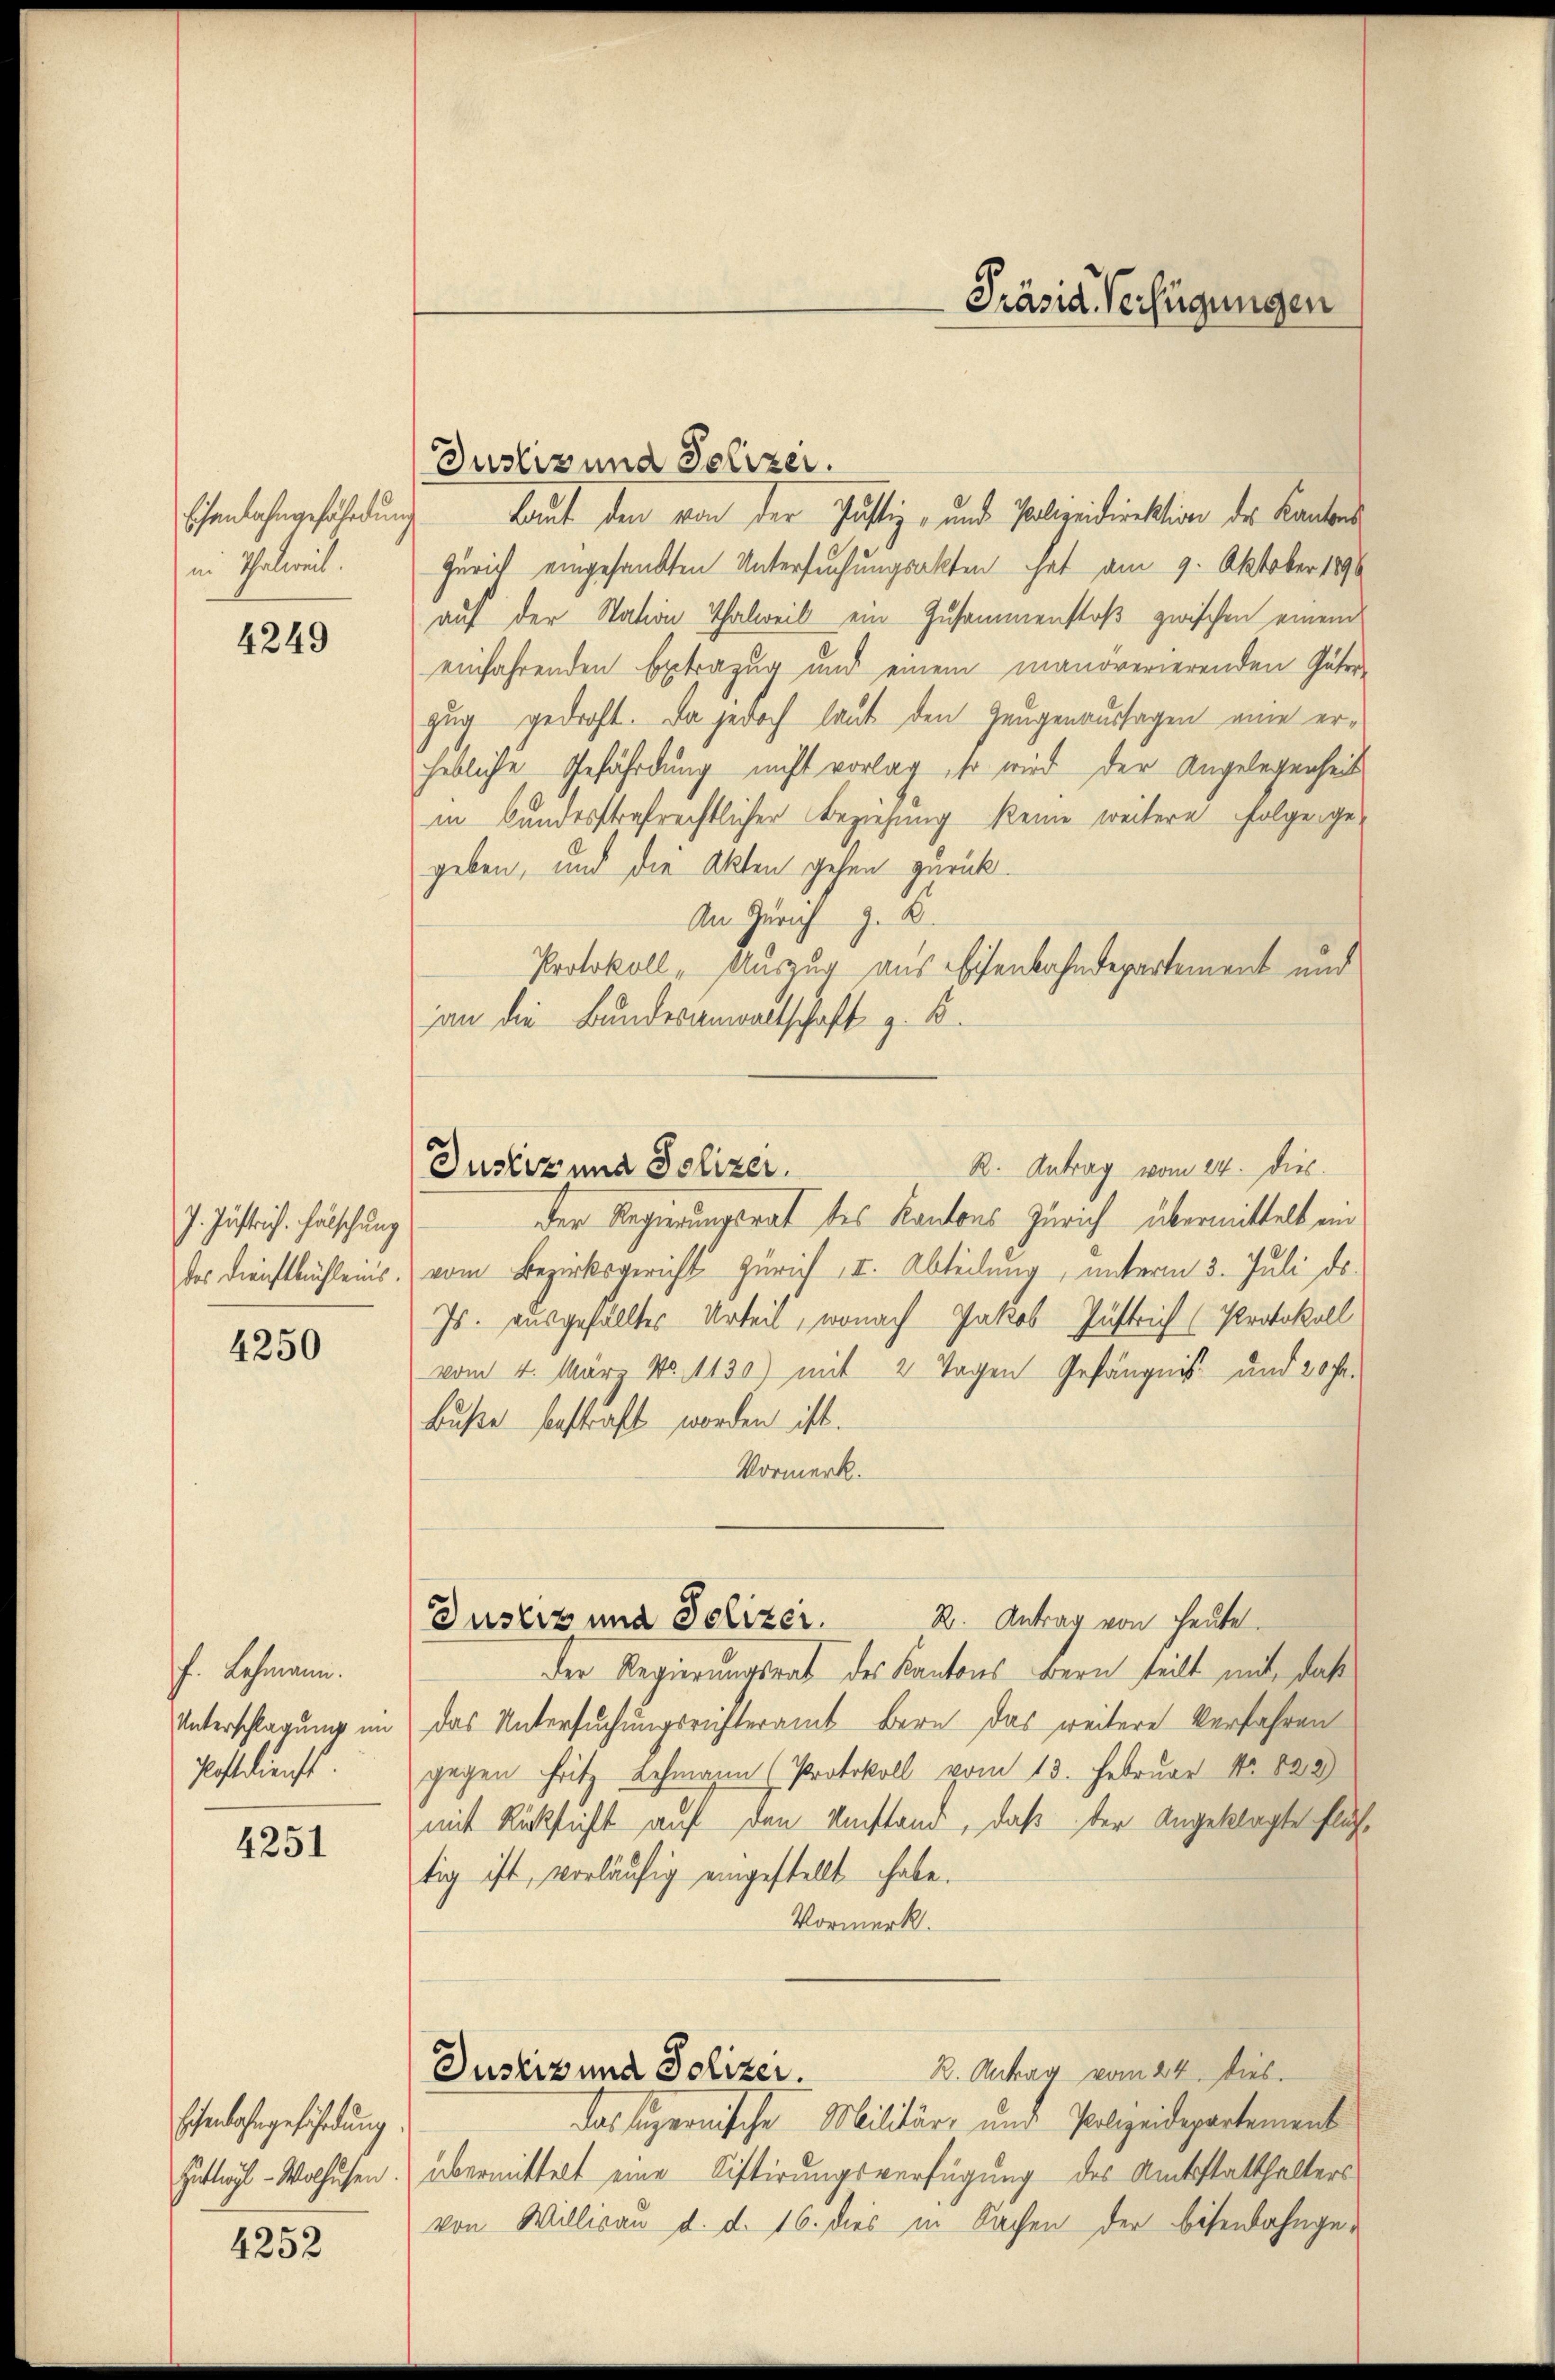
schenbahngefährdun
in Thalereit.

4249

7. Justrich. Fälschung
des Dienstbüchlens.

4250

f. Lehmann.
Unterschlagung im
Postdienst.

4251

Eisenbahngeführung
Huttigl-Wolhusen.

4252

Präsid. Verfügungen

Justiz und Polizei.
Laut den von der Justiz- und Polizeidirektion der Kantons
Zürich eingesandten Untersuchungsakten hat am 9. Oktober 1890
auf der Station Thalweil ein Zusammenstoß zwischen einem
einfahrenden Extrazug und einem manöverierenden Güter-
zug gedroht. Da jedoch laut den Gangenaussagen eine erhebliche Gefährdung nicht vorlag, so wird der Angelegenheit
in bundesstrafrechtlicher Beziehung keine weitere Folge ge-
geben, und die Akten gehen zurück¬
An Zürich z. B.
Protokoll, Auszug aus Eisenbahndepartement und
an die Bundesanwaltschaft z. B.
der Regierungsrat des Kantons Zürich übermittelt ein
vom Bezirksgericht Zürich I. Abteilung, unterm 3. Juli ds.
Js. ausgefälltes Urteil, wonach Jakob Justrich (Protokoll
vom 4. Mär No. 1130) mit 2 Tagen Gefängnis und 20 Fr.
buße bestraft worden ist.
Vormerk.
Justiz und Polizer.  2. Antrag von heute
der Regierungsrat des Kantons Bern teilt mit, daß
das Untersuchungsrichteramt Bern das weitere Verfahren
gegen Fritz Lehmann (Protokoll vom 13. Februar No 822)
mit Rücksicht auf den Umstand, daß der Angeklagte Flüchtig ist, vorläufig eingestellt habe.
Vormerk.
R. Antrag vom 24. Dies
Justiz und Polizei.
das supernische Militär- und Polizeidepartement
übermittelt eine Distirungsverfügung des Amtsstatthalters
von Willisau d. d. 16. dies in Sachen der Bisenbahnge¬

R. Antrag vom 24. Dieb.
Justiz und Polizer.